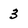
Character: 3